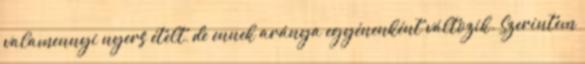
valamennyi nyers ételt, de ennek aránya egyénenként változik. Szerintem